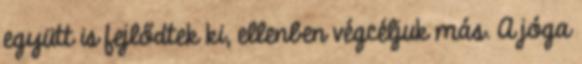
együtt is fejlődtek ki, ellenben végcéljuk más. A jóga